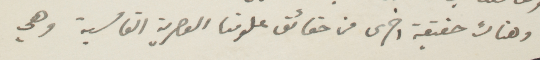
وهناك حقيقة أخرى من حقائق علومنا العصرية القاسية، وهي